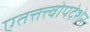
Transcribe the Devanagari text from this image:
एतत्तत्त्वोपदेशेन